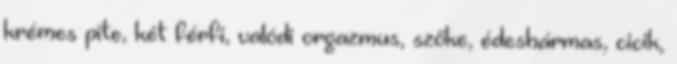
krémes pite, két férfi, valódi orgazmus, szőke, édeshármas, cicik,